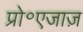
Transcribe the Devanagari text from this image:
प्रो॰एजाज़